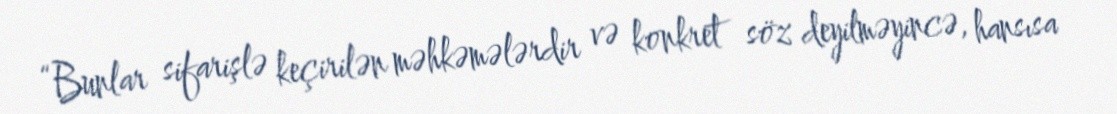
“Bunlar sifarişlə keçirilən məhkəmələrdir və konkret söz deyilməyincə, hansısa